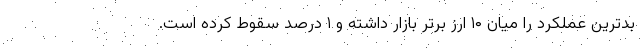
بدترین عملکرد را میان ۱۰ ارز برتر بازار داشته و ۱ درصد سقوط کرده است.